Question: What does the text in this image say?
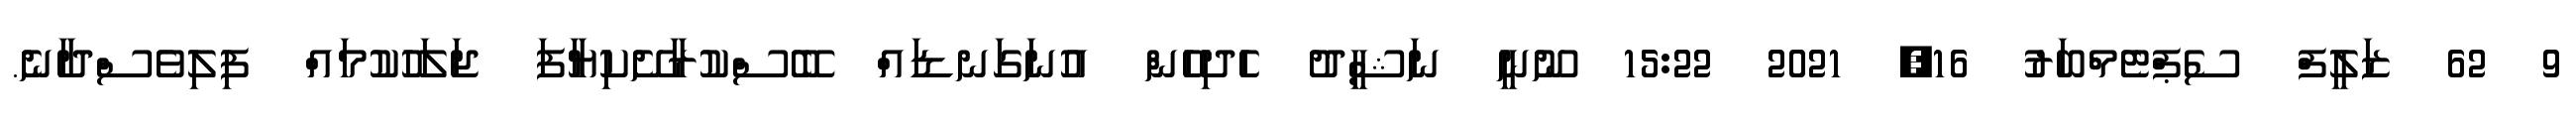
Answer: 9 62 ޒަލީފް ސެޕްޓެމްބަރު 16, 2021 15:22 ނޫނީ ނަޝީދު ހެދިހެން އުނަގަނޑައް ބޭސްކުރާށޭކިޔާފަ ޖަލަހުކުމައް ފިލިވެސްދާނެ.